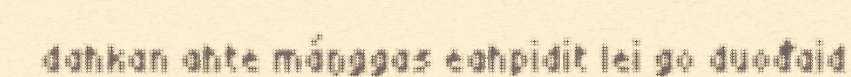
dahkan ahte máŋggas eahpidit lei go duođaid